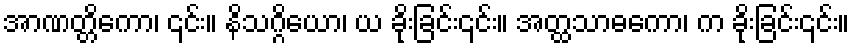
အာဏတ္တိကော၊ ၎င်း။ နိသဂ္ဂိယော၊ ယ ခိုးခြင်း၎င်း။ အတ္ထသာဓကော၊ က ခိုးခြင်း၎င်း။